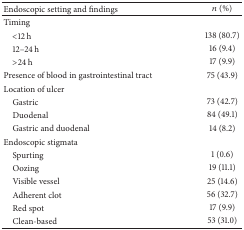
<table><thead><tr><td><b>Endoscopic setting and findings</b></td><td><b><i>n</i> (%)</b></td></tr></thead><tbody><tr><td>Timing</td><td> </td></tr><tr><td> &lt;12 h</td><td>138 (80.7)</td></tr><tr><td> 12–24 h</td><td>16 (9.4)</td></tr><tr><td> &gt;24 h</td><td>17 (9.9)</td></tr><tr><td>Presence of blood in gastrointestinal tract</td><td>75 (43.9)</td></tr><tr><td>Location of ulcer</td><td> </td></tr><tr><td> Gastric</td><td>73 (42.7)</td></tr><tr><td> Duodenal</td><td>84 (49.1)</td></tr><tr><td> Gastric and duodenal</td><td>14 (8.2)</td></tr><tr><td>Endoscopic stigmata</td><td> </td></tr><tr><td> Spurting</td><td>1 (0.6)</td></tr><tr><td> Oozing</td><td>19 (11.1)</td></tr><tr><td> Visible vessel</td><td>25 (14.6)</td></tr><tr><td> Adherent clot</td><td>56 (32.7)</td></tr><tr><td> Red spot</td><td>17 (9.9)</td></tr><tr><td> Clean-based</td><td>53 (31.0)</td></tr></tbody></table>